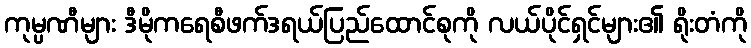
ကုမ္ပဏီများ ဒီမိုကရေစီဖက်ဒရယ်ပြည်ထောင်စုကို လယ်ပိုင်ရှင်များ၏ ရိုးတံကို